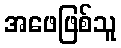
အဖေဖြစ်သူ